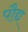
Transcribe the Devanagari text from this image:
पौद्य